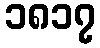
၁၈၁၇